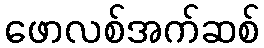
ဖောလစ်အက်ဆစ်